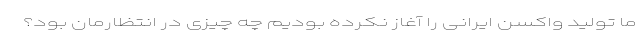
ما تولید واکسن ایرانی را آغاز نکرده بودیم چه چیزی در انتظارمان بود؟